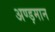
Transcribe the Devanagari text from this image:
अण्ड़मान